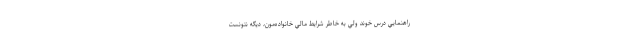
راهنمايي درس خوند ولي به خاطر شرايط مالي خانواده‌مون، ديگه نتونست